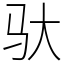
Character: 驮